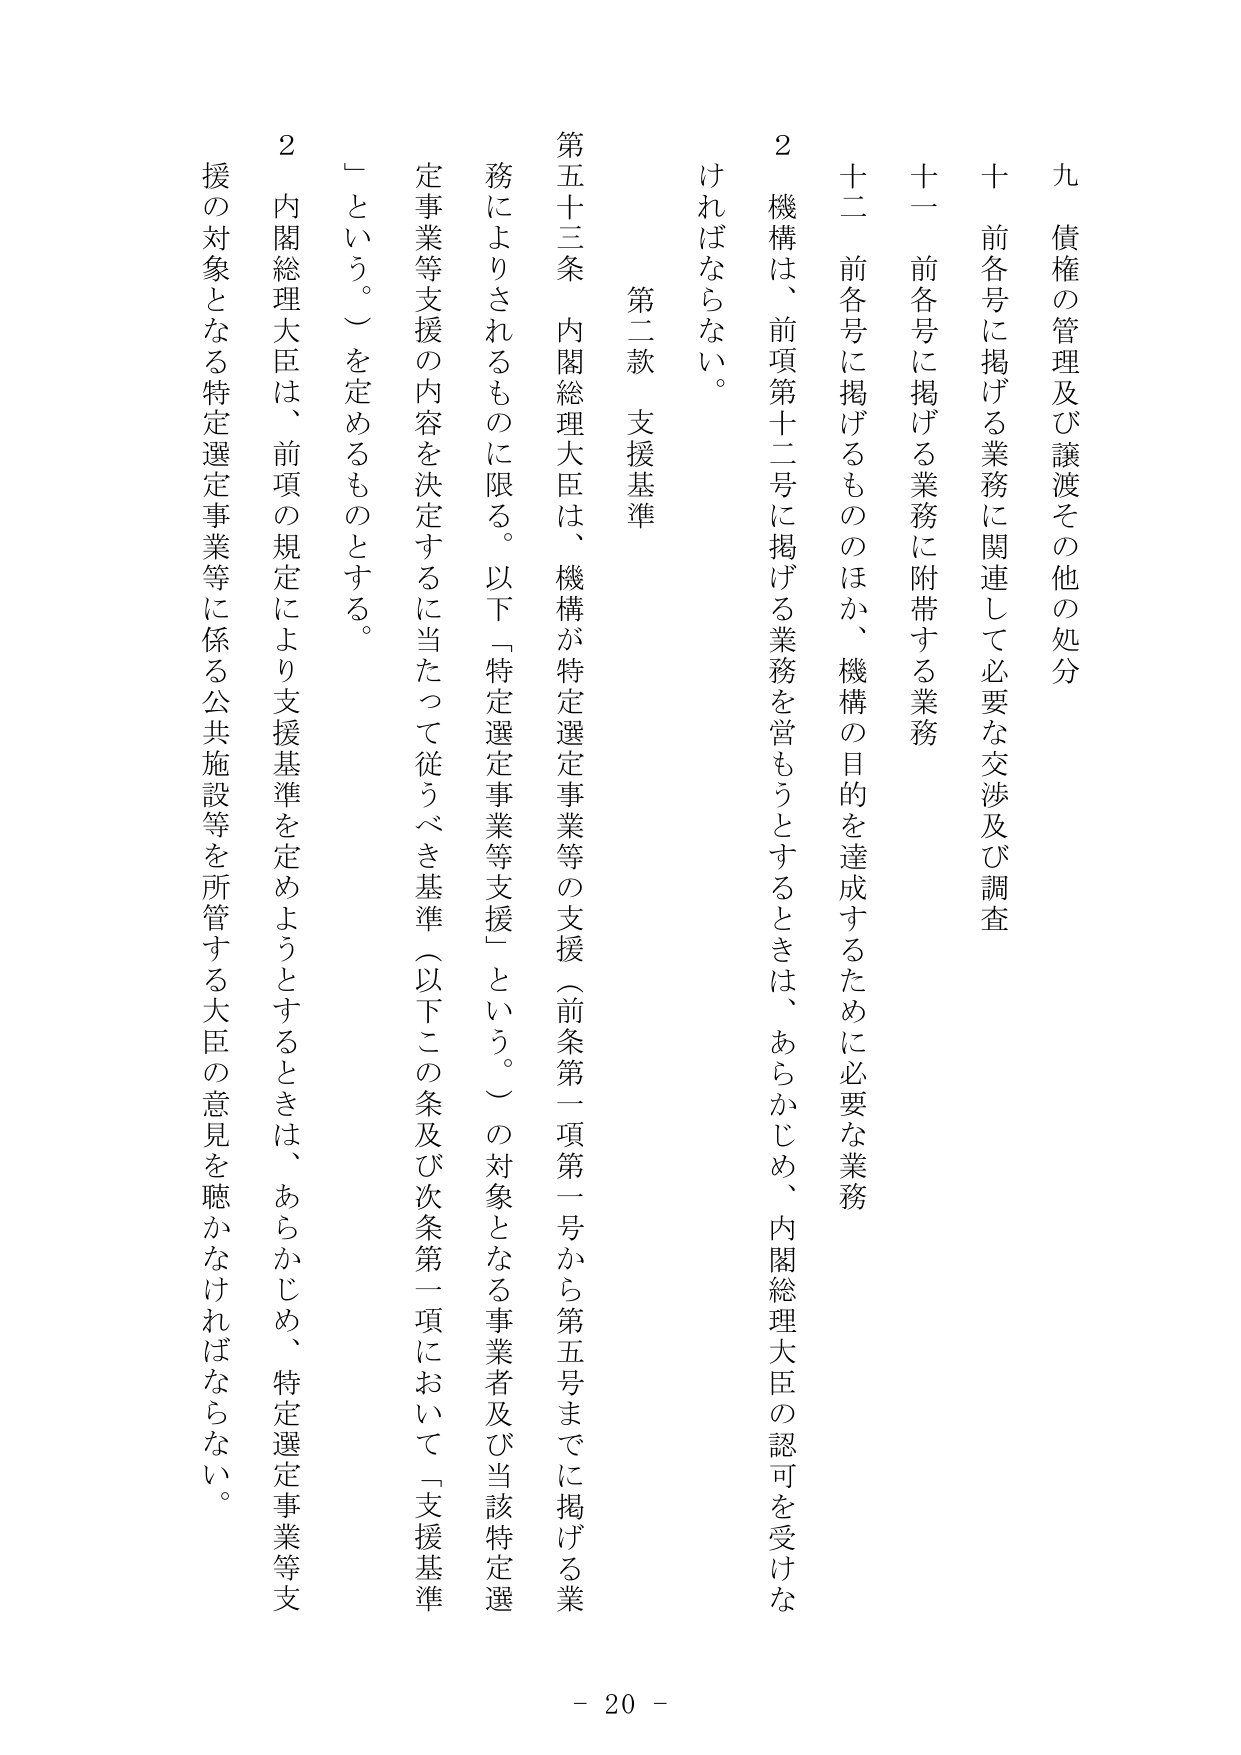
九 債権の管理及び譲渡その他の処分
十 前各号に掲げる業務に関連して必要な交渉及び調査
十一 前各号に掲げる業務に附帯する業務
十二 前各号に掲げるもののほか、機構の目的を達成するために必要な業務
２ 機構は、前項第十二号に掲げる業務を営もうとするときは、あらかじめ、内閣総理大臣の認可を受けなければならない。

第二款 支援基準

第五十三条 内閣総理大臣は、機構が特定選定事業等の支援（前条第一項第一号から第五号までに掲げる業務によりされるものに限る。以下「特定選定事業等支援」という。）の対象となる事業者及び当該特定選定事業等支援の内容を決定するに当たって従うべき基準（以下この条及び次条第一項において「支援基準」という。）を定めるものとする。

２ 内閣総理大臣は、前項の規定により支援基準を定めようとするときは、あらかじめ、特定選定事業等支援の対象となる特定選定事業等に係る公共施設等を所管する大臣の意見を聴かなければならない。

- 20 -